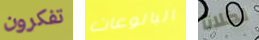
تفكرون البالوعات لكلانا